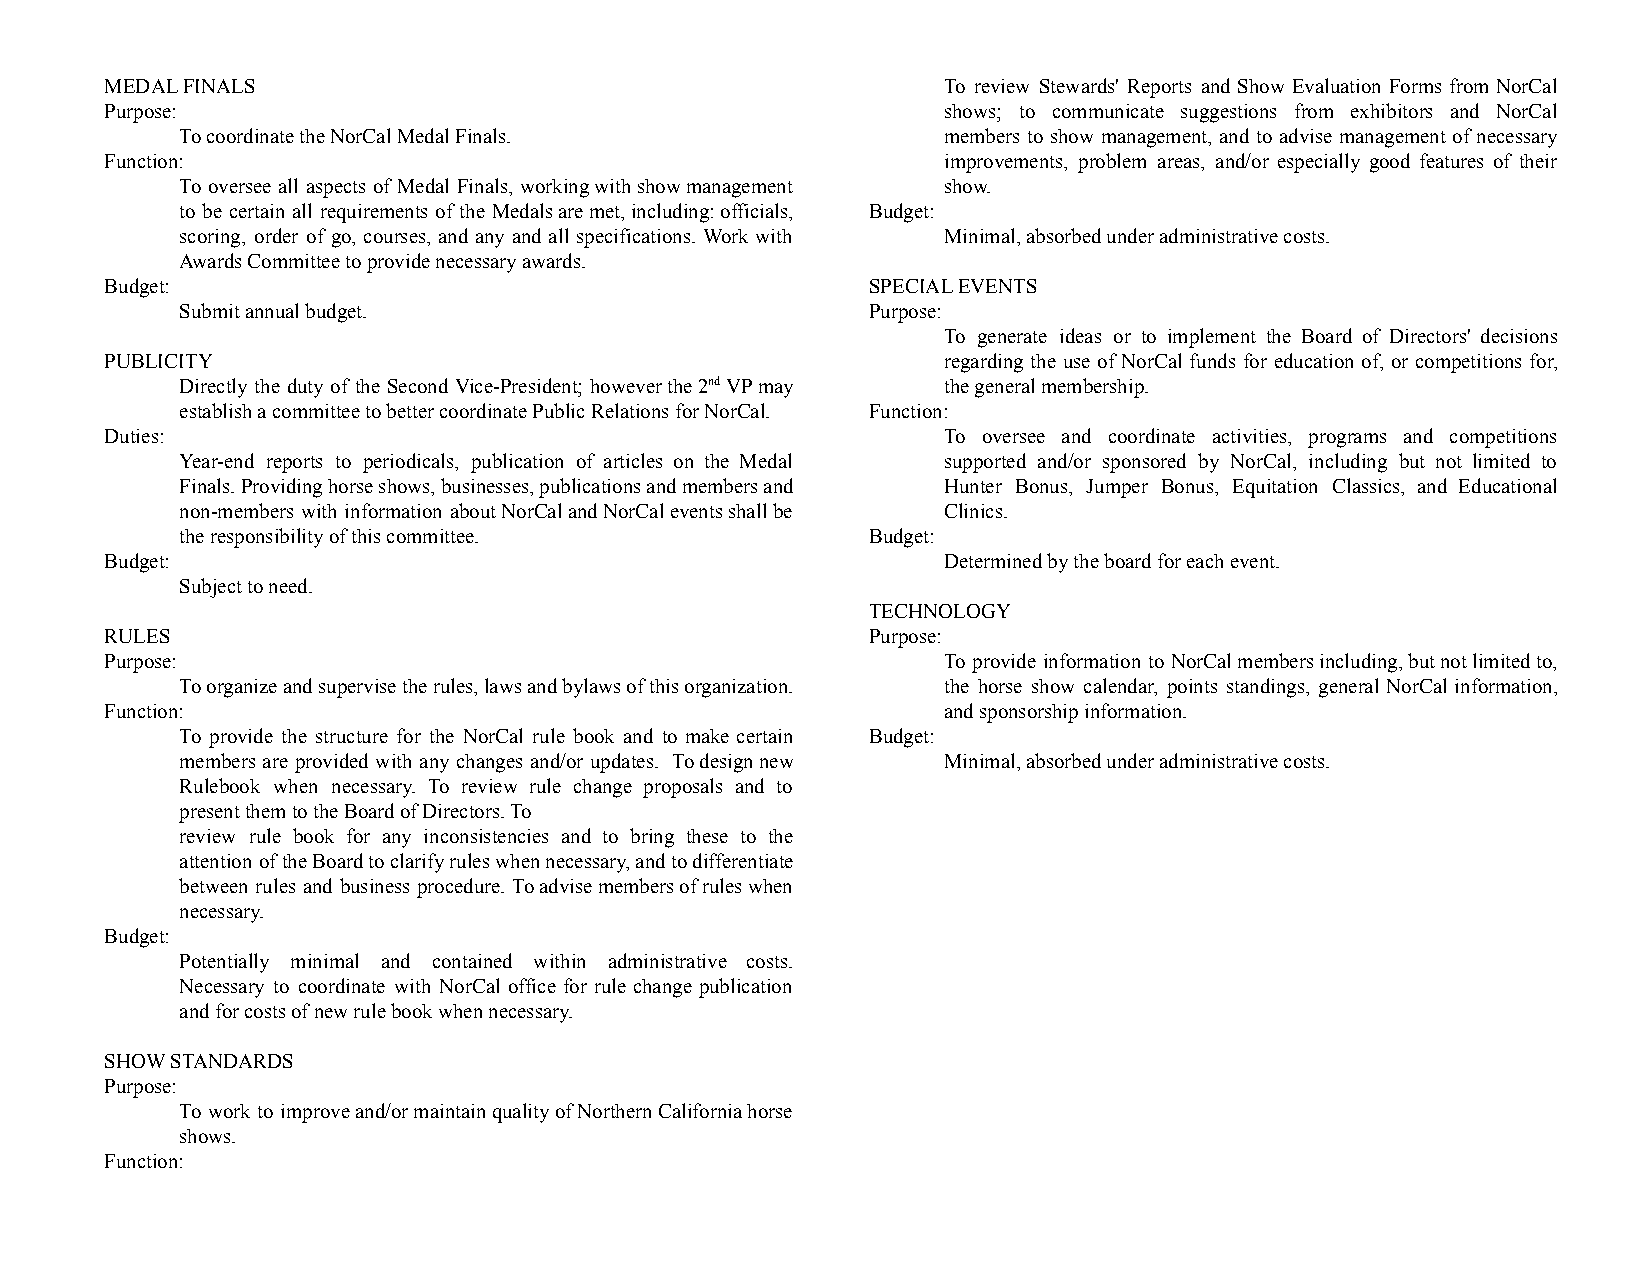
MEDAL FINALS                                           To review Stewards' Reports and Show Evaluation Forms from NorCal
 Purpose:                                               shows; to communicate suggestions from exhibitors and NorCal
 To coordinate the NorCal Medal Finals.            members to show management, and to advise management of necessary
 Function:                                              improvements, problem areas, and/or especially good features of their
 To oversee all aspects of Medal Finals, workingwithshowmanagement show.
 to be certain all requirements of the Medalsaremet,including:officials, Budget:
 scoring, order of go, courses, and any and all specifications. Work with Minimal, absorbed under administrative costs.
 Awards Committee to provide necessary awards.
 Budget:                                           SPECIAL EVENTS
 Submit annual budget.                        Purpose:
 To generate ideas or to implement the Board of Directors' decisions
 PUBLICITY                                              regarding the use of NorCal funds for education of, or competitions for,
 Directly the duty of the Second Vice-President; howeverthe2ndVPmay the general membership.
 establish a committee to better coordinate Public Relations for NorCal. Function:
 Duties:                                                To oversee and coordinate activities, programs and competitions
 Year-end reports to periodicals, publication of articles on the Medal supported and/or sponsored by NorCal, including but not limited to
 Finals.Providinghorseshows,businesses,publicationsandmembersand Hunter Bonus, Jumper Bonus, Equitation Classics, and Educational
 non-members with information aboutNorCalandNorCaleventsshallbe Clinics.
 the responsibility of this committee.        Budget:
 Budget:                                                Determined by the board for each event.
 Subject to need.
 TECHNOLOGY
 RULES                                             Purpose:
 Purpose:                                               To provide information to NorCalmembersincluding,butnotlimitedto,
 To organize and supervise the rules, laws and bylaws of this organization. the horse show calendar, points standings, general NorCal information,
 Function:                                              and sponsorship information.
 To provide the structure for the NorCal rule book and to make certain Budget:
 members are provided with any changes and/or updates. Todesignnew Minimal, absorbed under administrative costs.
 Rulebook when necessary. To review rule change proposals and to
 present them to the Board of Directors. To
 review rule book for any inconsistencies and to bring these to the
 attention oftheBoardtoclarifyruleswhennecessary,andtodifferentiate
 between rules and business procedure. Toadvisemembersofruleswhen
 necessary.
 Budget:
 Potentially minimal and contained within administrative costs.
 Necessary to coordinate with NorCal office for rule change publication
 and for costs of new rule book when necessary.
 SHOW STANDARDS
 Purpose:
 To work to improveand/ormaintainqualityofNorthernCaliforniahorse
 shows.
 Function: